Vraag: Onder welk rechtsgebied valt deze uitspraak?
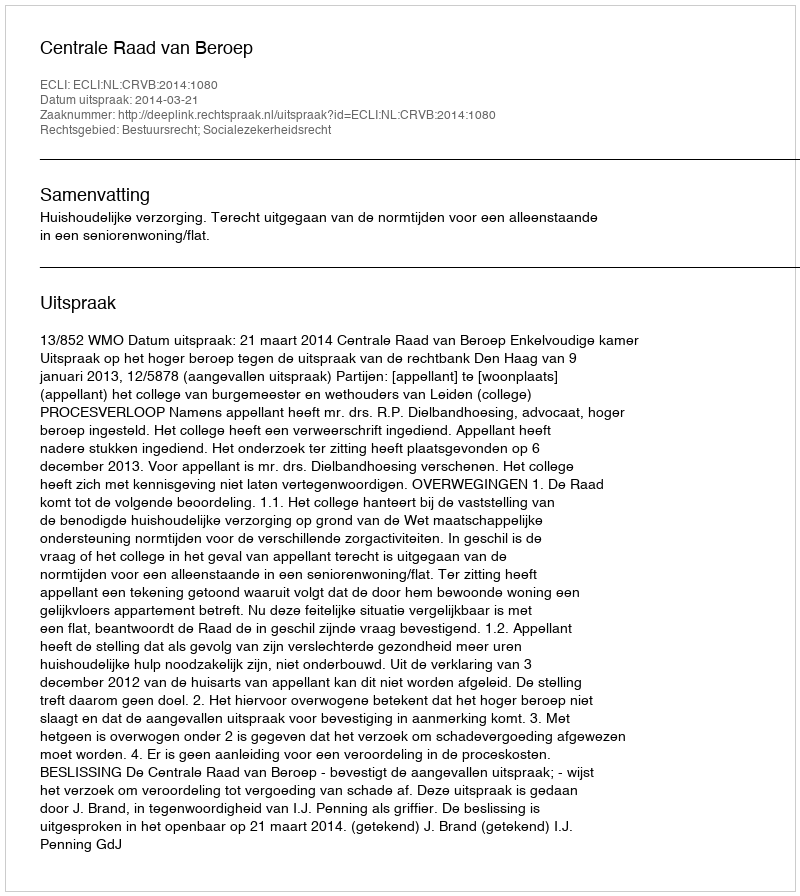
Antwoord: Bestuursrecht; Socialezekerheidsrecht